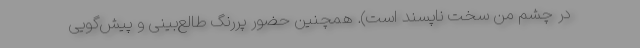
در چشم من سخت ناپسند است). همچنین حضور پررنگ طالع‌بینی و پیش‌گویی